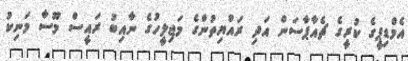
އެމްޑިޕީގެ ކުރީގެ ޗެއާޕާސަން އަދި ރައްޔިތުންގެ މަޖިލީހުގެ ނާއިބު ރައީސް މޫސާ މަނިކު